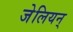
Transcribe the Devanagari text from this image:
जेलियन्